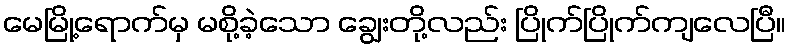
မေမြို့ရောက်မှ မစို့ခဲ့သော ချွေးတို့လည်း ပြိုက်ပြိုက်ကျလေပြီ။